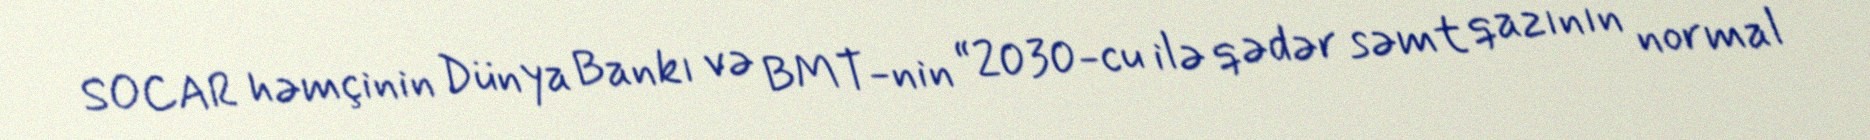
SOCAR həmçinin Dünya Bankı və BMT-nin “2030-cu ilə qədər səmt qazının normal